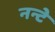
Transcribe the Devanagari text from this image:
नन्टे